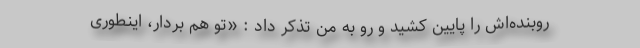
روبنده‌اش را پایین کشید و رو به من تذکر داد : «تو هم بردار، اینطوری